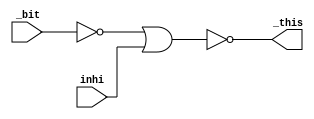
module tbenw
(
	output _this,
	input _bit,
	input inhi
);
wire bit_n;

// ARITH.NET (516) - bit\ : iv
assign bit_n = ~_bit;

// ARITH.NET (517) - this : nr2
assign _this = ~(bit_n | inhi);
endmodule